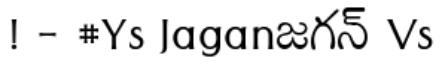
! - #Ys Jaganజగన్ Vs